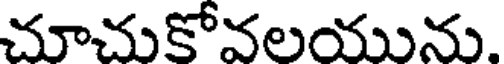
చూచుకోవలయును.